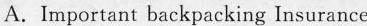
A.Important backpacking Insurance